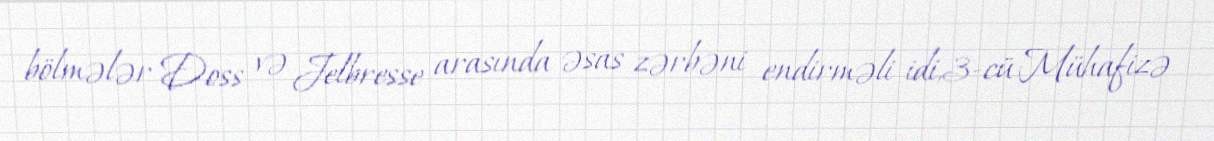
bölmələr Doss və Jelbresse arasında əsas zərbəni endirməli idi,3-cü Mühafizə